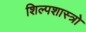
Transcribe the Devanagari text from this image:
शिल्पशास्त्रो